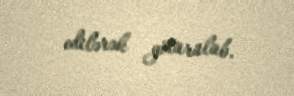
edilərək götürülüb.